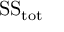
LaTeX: { \mathrm { S S } } _ { \mathrm { t o t } }